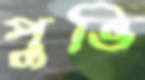
পুভি